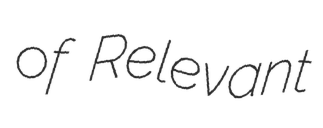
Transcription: of Relevant